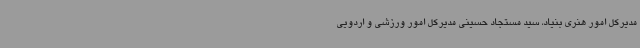
مدیرکل امور هنری بنیاد، سید مستجاد حسینی مدیرکل امور ورزشی و اردویی